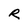
Character: R